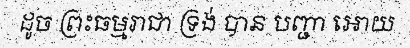
ដូច ព្រះធម្មរាជា ទ្រង់ បាន បញ្ជា អោយ